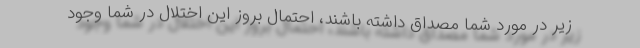
زیر در مورد شما مصداق داشته باشند، احتمال بروز این اختلال در شما وجود